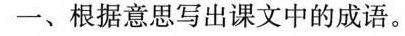
一、根据意思写出课文中的成语。